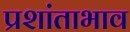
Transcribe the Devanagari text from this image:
प्रशांताभाव